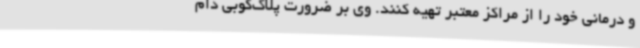
و درمانی خود را از مراکز معتبر تهیه کنند. وی بر ضرورت پلاک‌کوبی دام